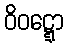
ဝိဝဋ္ဋော